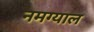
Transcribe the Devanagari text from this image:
नमग्याल